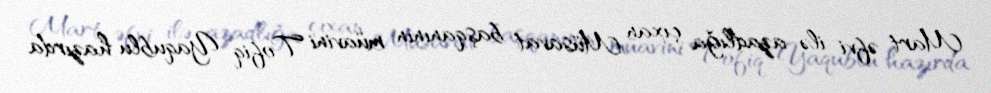
Mart əfvi ilə azadlığa çıxan Müsavat başqanının müavini Tofiq Yaqublu hazırda